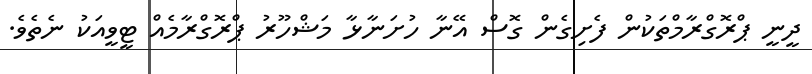
ދީނީ ޕްރޮގްރާމްތަކުން ފެށިގެން ގޮސް އޭނާ ހުށަނާޅާ މަޝްހޫރު ޕްރޮގްރާމެއް ޓީވީއަކު ނެތެވެ.